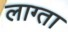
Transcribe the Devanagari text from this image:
लाग्ता